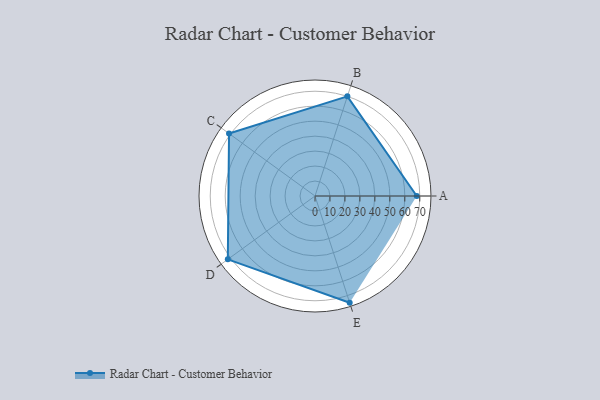
{"axis": {"x": "Skill", "y": "Score"}, "legend": ["Profile"], "data": [{"x": "A", "y": 68.0, "type": "Profile"}, {"x": "B", "y": 70.0, "type": "Profile"}, {"x": "C", "y": 71.0, "type": "Profile"}, {"x": "D", "y": 72.0, "type": "Profile"}, {"x": "E", "y": 75.0, "type": "Profile"}]}